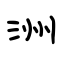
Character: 洲